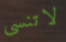
لاتنسي